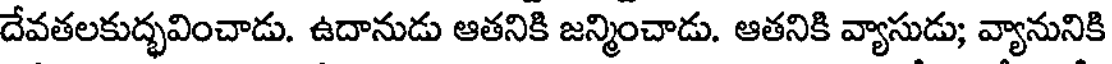
దేవతలకుద్భవించాడు. ఉదానుడు ఆతనికి జన్మించాడు. ఆతనికి వ్యాసుడు; వ్యానునికి